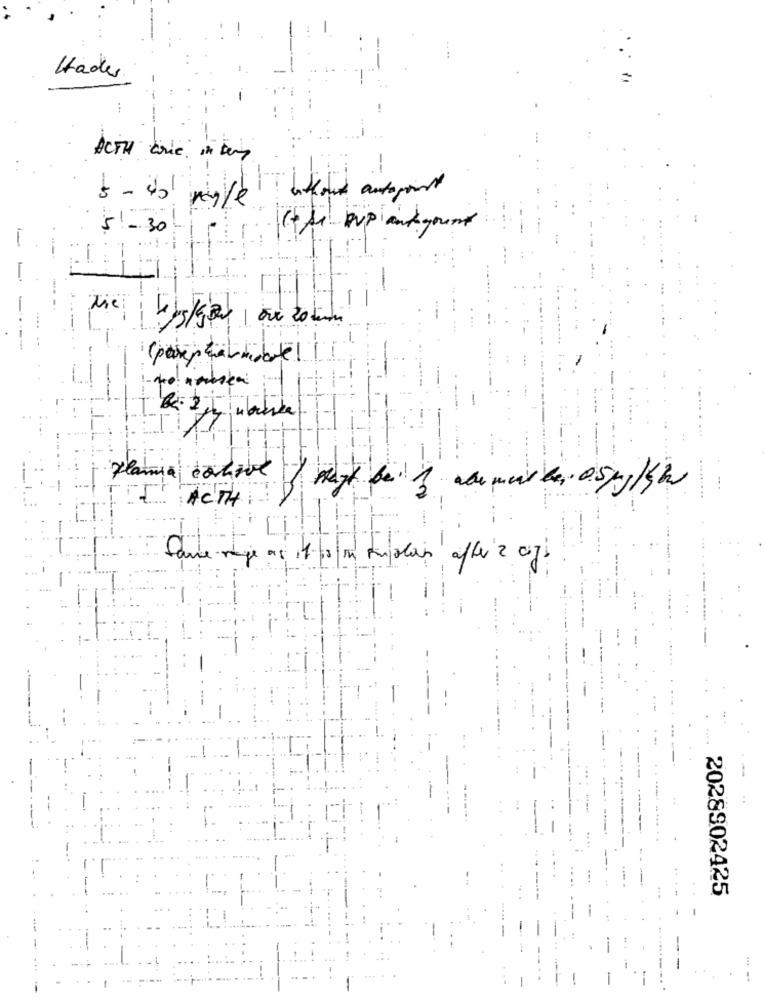
Hades
ACTH cole inter
--
51 -30
KA Pup and young
1
(pasep calmdate 11
planie dohave
ACTH
je as 11- 0 i Implan after 2 ciji
2028902425
-
-
-
-